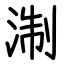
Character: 淛